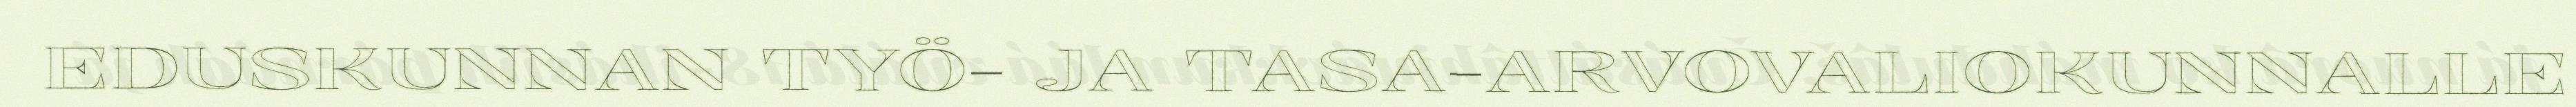
EDUSKUNNAN TYÖ- JA TASA-ARVOVALIOKUNNALLE